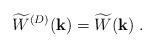
LaTeX: \begin{align*}\widetilde{W}^{({D})}({\bf k}) = \widetilde{W}({\bf k})\; .\end{align*}